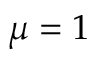
\mu = 1